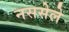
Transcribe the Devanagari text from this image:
नससेले